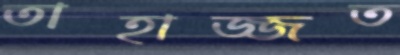
তাহাজ্জত